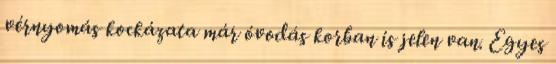
vérnyomás kockázata már óvodás korban is jelen van. Egyes